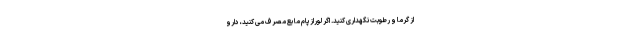
از گرما و رطوبت نگهداری کنید. اگر لورازپام مایع مصرف می کنید، دارو